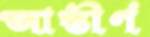
আস্তীর্ণ